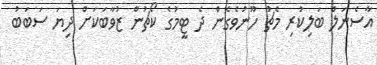
އާސެނަލް ބަލިކުރި މެޗު ހޫނުވެގެން ދެ ޓީމުގެ ކޯޗުން ޒުވާބަކަށް ދިޔަ ސަބަބު